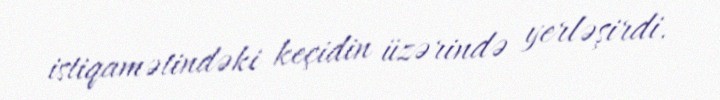
istiqamətindəki keçidin üzərində yerləşirdi.